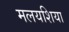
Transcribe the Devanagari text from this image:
मलयशिया